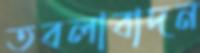
তবলাবাদন